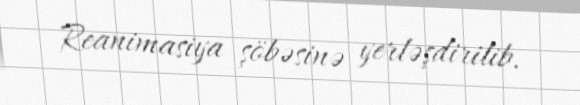
Reanimasiya şöbəsinə yerləşdirilib.